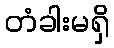
တံခါးမရှိ